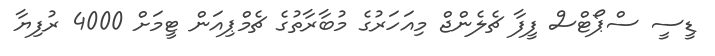
ޑީސީ ސްޕޯޓްސް ފީފާ ޗެލެންޖް މިއަހަރުގެ މުބާރާތުގެ ޗެމްޕިއަން ޓީމަށް 4000 ރުފިޔާ